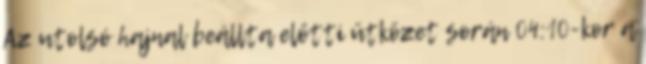
Az utolsó hajnal beállta előtti ütközet során 04:10-kor a